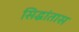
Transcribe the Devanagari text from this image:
सिद्धांतास